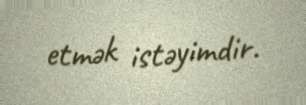
etmək istəyimdir.